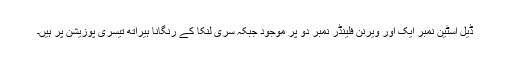
ڈیل اسٹین نمبر ایک اور ویرنن فلینڈر نمبر دو پر موجود جبکہ سری لنکا کے رنگانا ہیراتھ تیسری پوزیشن پر ہیں۔